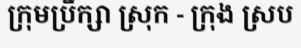
ក្រុមប្រឹក្សា ស្រុក - ក្រុង ស្រប